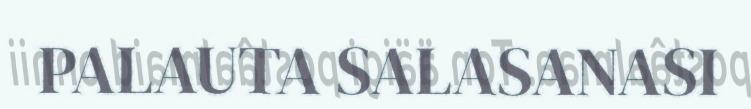
PALAUTA SALASANASI